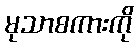
မုသာစကားကို